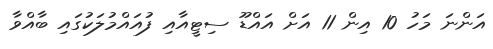
އަންނަ މަހު 10 އިން 11 އަށް އައްޑޫ ސިޓީއާއި ފުއައްމުލަކުގައި ބާއްވާ